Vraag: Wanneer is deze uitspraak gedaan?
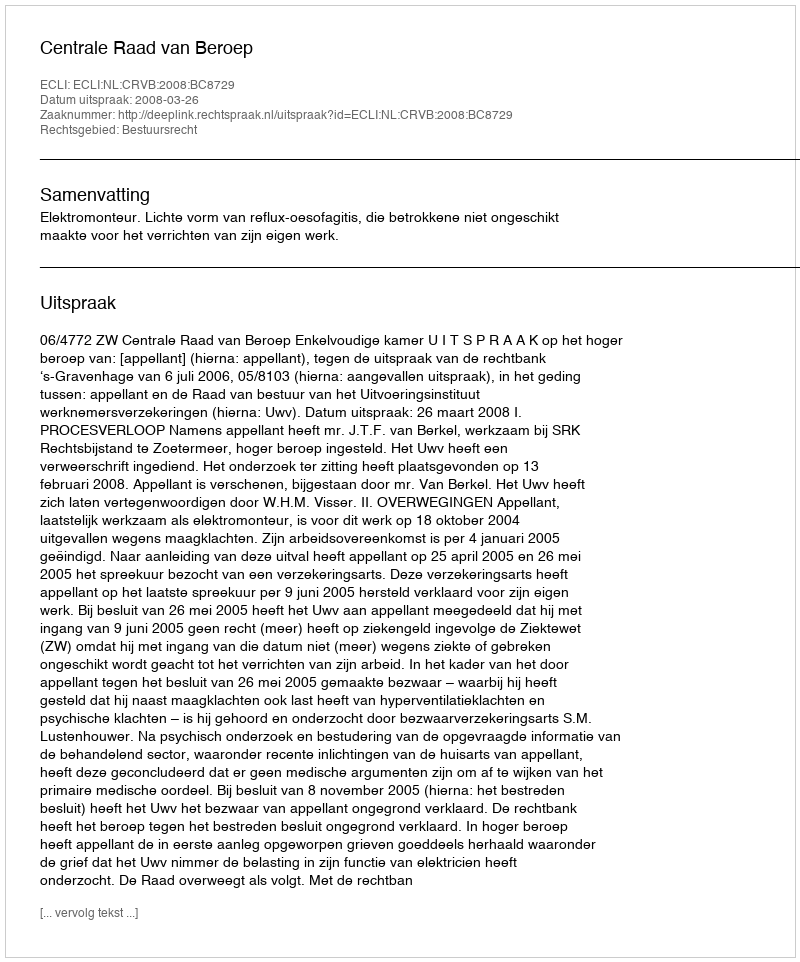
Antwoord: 2008-03-26